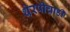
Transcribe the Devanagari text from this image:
थेरपीचाही